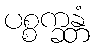
ပစ္စက္ခန္တံ